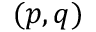
( p , q )